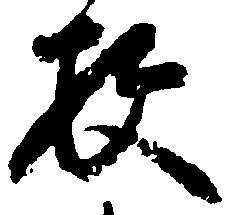
枚